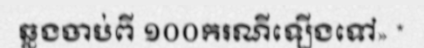
ឆ្លងចាប់ពី ១០០ករណីឡើងទៅ» *